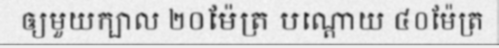
ឲ្យមួយក្បាល ២០ម៉ែត្រ បណ្តោយ ៤០ម៉ែត្រ